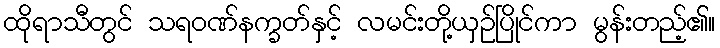
ထိုရာသီတွင် သရဝဏ်နက္ခတ်နှင့် လမင်းတို့ယှဉ်ပြိုင်ကာ မွန်းတည့်၏။